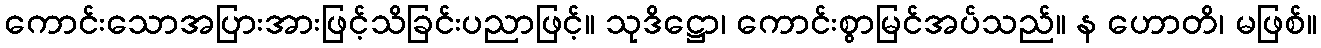
ကောင်းသောအပြားအားဖြင့်သိခြင်းပညာဖြင့်။ သုဒိဋ္ဌော၊ ကောင်းစွာမြင်အပ်သည်။ န ဟောတိ၊ မဖြစ်။